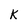
Character: K